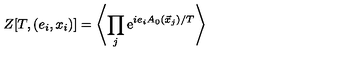
Z [ T , ( e _ { i } , x _ { i } ) ] = \left\langle \prod _ { j } \mathrm { e } ^ { i e _ { i } A _ { 0 } ( \vec { x } _ { j } ) / T } \right\rangle